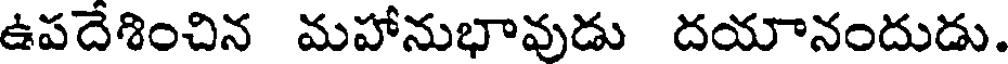
ఉపదేశించిన మహానుభావుడు దయానందుడు.